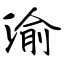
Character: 渝